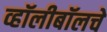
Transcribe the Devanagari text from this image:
व्हॉलीबॉलचे